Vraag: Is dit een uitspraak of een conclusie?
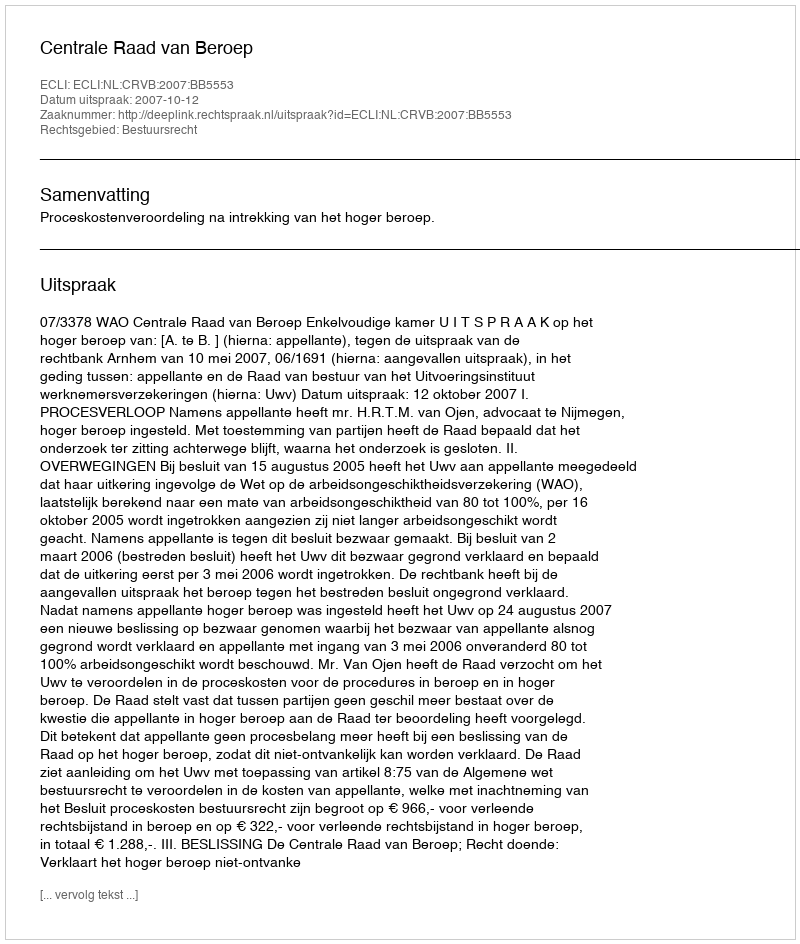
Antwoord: Uitspraak